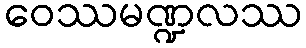
ဝေဿမဏ္ဍလဿ